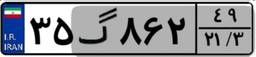
۳۵گ۸۶۲۴۹